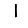
Digit: 1